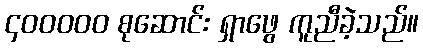
၄၀၀၀၀၀ စုဆောင်း ရှာဖွေ ကူညီခဲ့သည်။